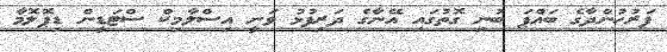
ފަރުހުންދާގެ ބައްޕަ ބުނި ގޮތުގައި އޭނާގެ ދަރިފުޅު ވަނީ އިސްލާމިކް ސްޓަޑީން ޑިޕޮލޮމާ